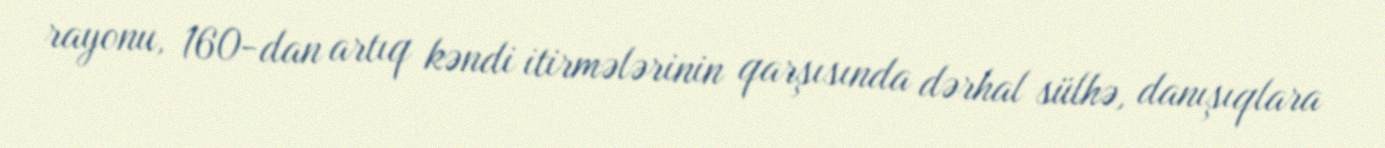
rayonu, 160-dan artıq kəndi itirmələrinin qarşısında dərhal sülhə, danışıqlara